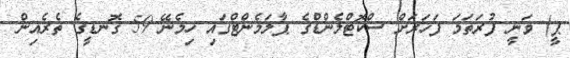
ޕީ) ވަނީ ފުރަތަމަ ފަހަރަށް ސްކޮޓްލެންޑްގެ ޕާލަމެންޓްގައި ހިމެނޭ 59 ގޮނޑީގެ ތެރެއިން